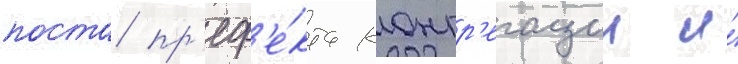
поста пр'еф'е́кта конгр'егации и́